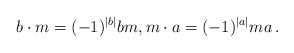
LaTeX: \begin{align*}b \cdot m = (-1)^{|b|} bm, m \cdot a = (-1)^{|a|} m a\,.\end{align*}